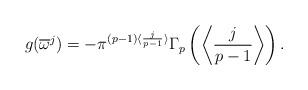
LaTeX: \begin{align*}g(\overline{\omega}^j)=-\pi^{(p-1)\langle\frac{j}{p-1} \rangle}\Gamma_p\left(\left\langle \frac{j}{p-1} \right\rangle\right).\end{align*}